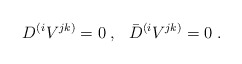
\begin{align*}D^{(i}V^{jk)}=0\;,\ \ \bar D^{(i}V^{jk)}=0\;.\end{align*}